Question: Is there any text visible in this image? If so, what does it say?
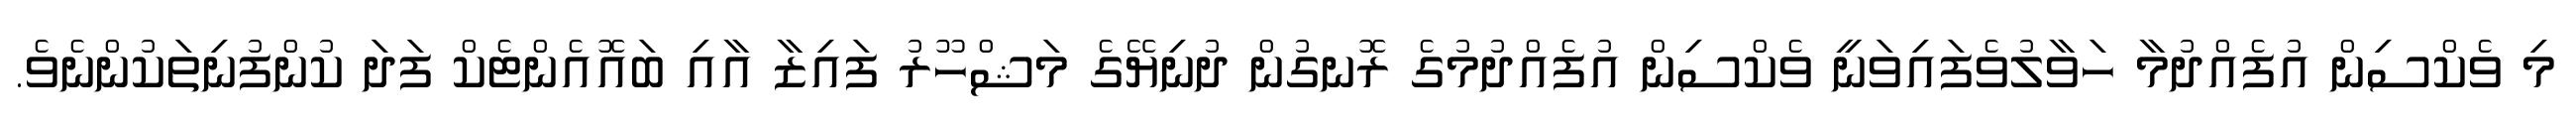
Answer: މި ވެކްސިން އުފެއްދުމާ ހަވާލުވެފައިވަނީ ވެކްސިން އުފެއްދުމުގެ ރޮނގުން ދުނިޔޭގެ މަޝްހޫރު ފައިޒާ އާއި ބައޮއެންޓެކް ފަދަ ކުންފުނިތަކުންނެވެ.